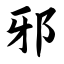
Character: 邪